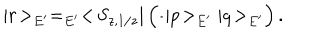
LaTeX: | r \! > _ { E ^ { \prime } } = _ { E ^ { \prime } } < \! S _ { z , 1 / z } | \left( \frac { } { } | p \! > _ { E ^ { \prime } } | q \! > _ { E ^ { \prime } } \right) .